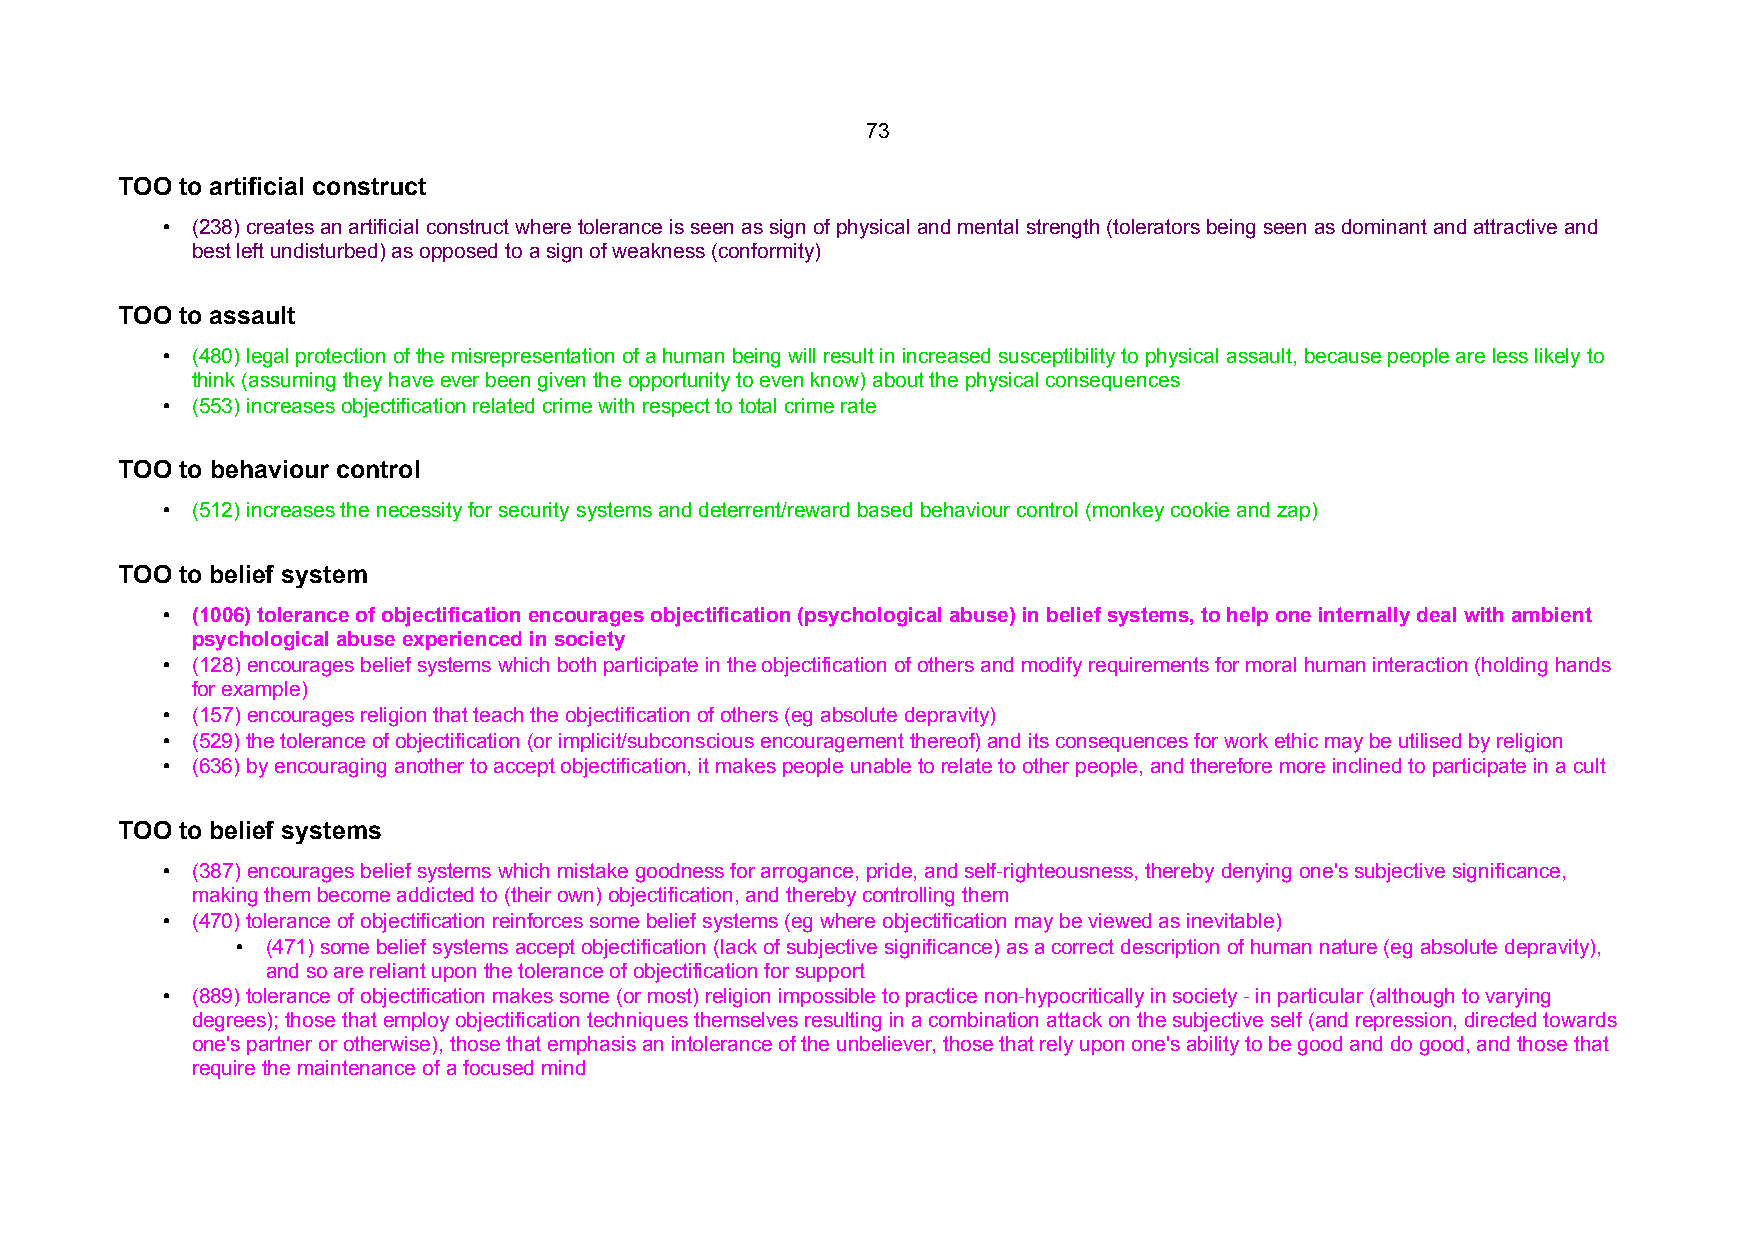
73
 TOO to artificial construct
 • (238) creates an artificial construct where tolerance is seen as sign of physical and mental strength (tolerators being seen as dominant and attractive and
 best left undisturbed) as opposed to a sign of weakness (conformity)
 TOO to assault
 • (480) legal protection of the misrepresentation of a human being will result in increased susceptibility to physical assault, because people are less likely to
 think (assuming they have ever been given the opportunity to even know) about the physical consequences
 • (553) increases objectification related crime with respect to total crime rate
 TOO to behaviour control
 • (512) increases the necessity for security systems and deterrent/reward based behaviour control (monkey cookie and zap)
 TOO to belief system
 • (1006) tolerance of objectification encourages objectification (psychological abuse) in belief systems, to help one internally deal with ambient
 psychological abuse experienced in society
 • (128) encourages belief systems which both participate in the objectification of others and modify requirements for moral human interaction (holding hands
 for example)
 • (157) encourages religion that teach the objectification of others (eg absolute depravity)
 • (529) the tolerance of objectification (or implicit/subconscious encouragement thereof) and its consequences for work ethic may be utilised by religion
 • (636) by encouraging another to accept objectification, it makes people unable to relate to other people, and therefore more inclined to participate in a cult
 TOO to belief systems
 • (387) encourages belief systems which mistake goodness for arrogance, pride, and self-righteousness, thereby denying one's subjective significance,
 making them become addicted to (their own) objectification, and thereby controlling them
 • (470) tolerance of objectification reinforces some belief systems (eg where objectification may be viewed as inevitable)
 • (471) some belief systems accept objectification (lack of subjective significance) as a correct description of human nature (eg absolute depravity),
 and so are reliant upon the tolerance of objectification for support
 • (889) tolerance of objectification makes some (or most) religion impossible to practice non-hypocritically in society - in particular (although to varying
 degrees); those that employ objectification techniques themselves resulting in a combination attack on the subjective self (and repression, directed towards
 one's partner or otherwise), those that emphasis an intolerance of the unbeliever, those that rely upon one's ability to be good and do good, and those that
 require the maintenance of a focused mind